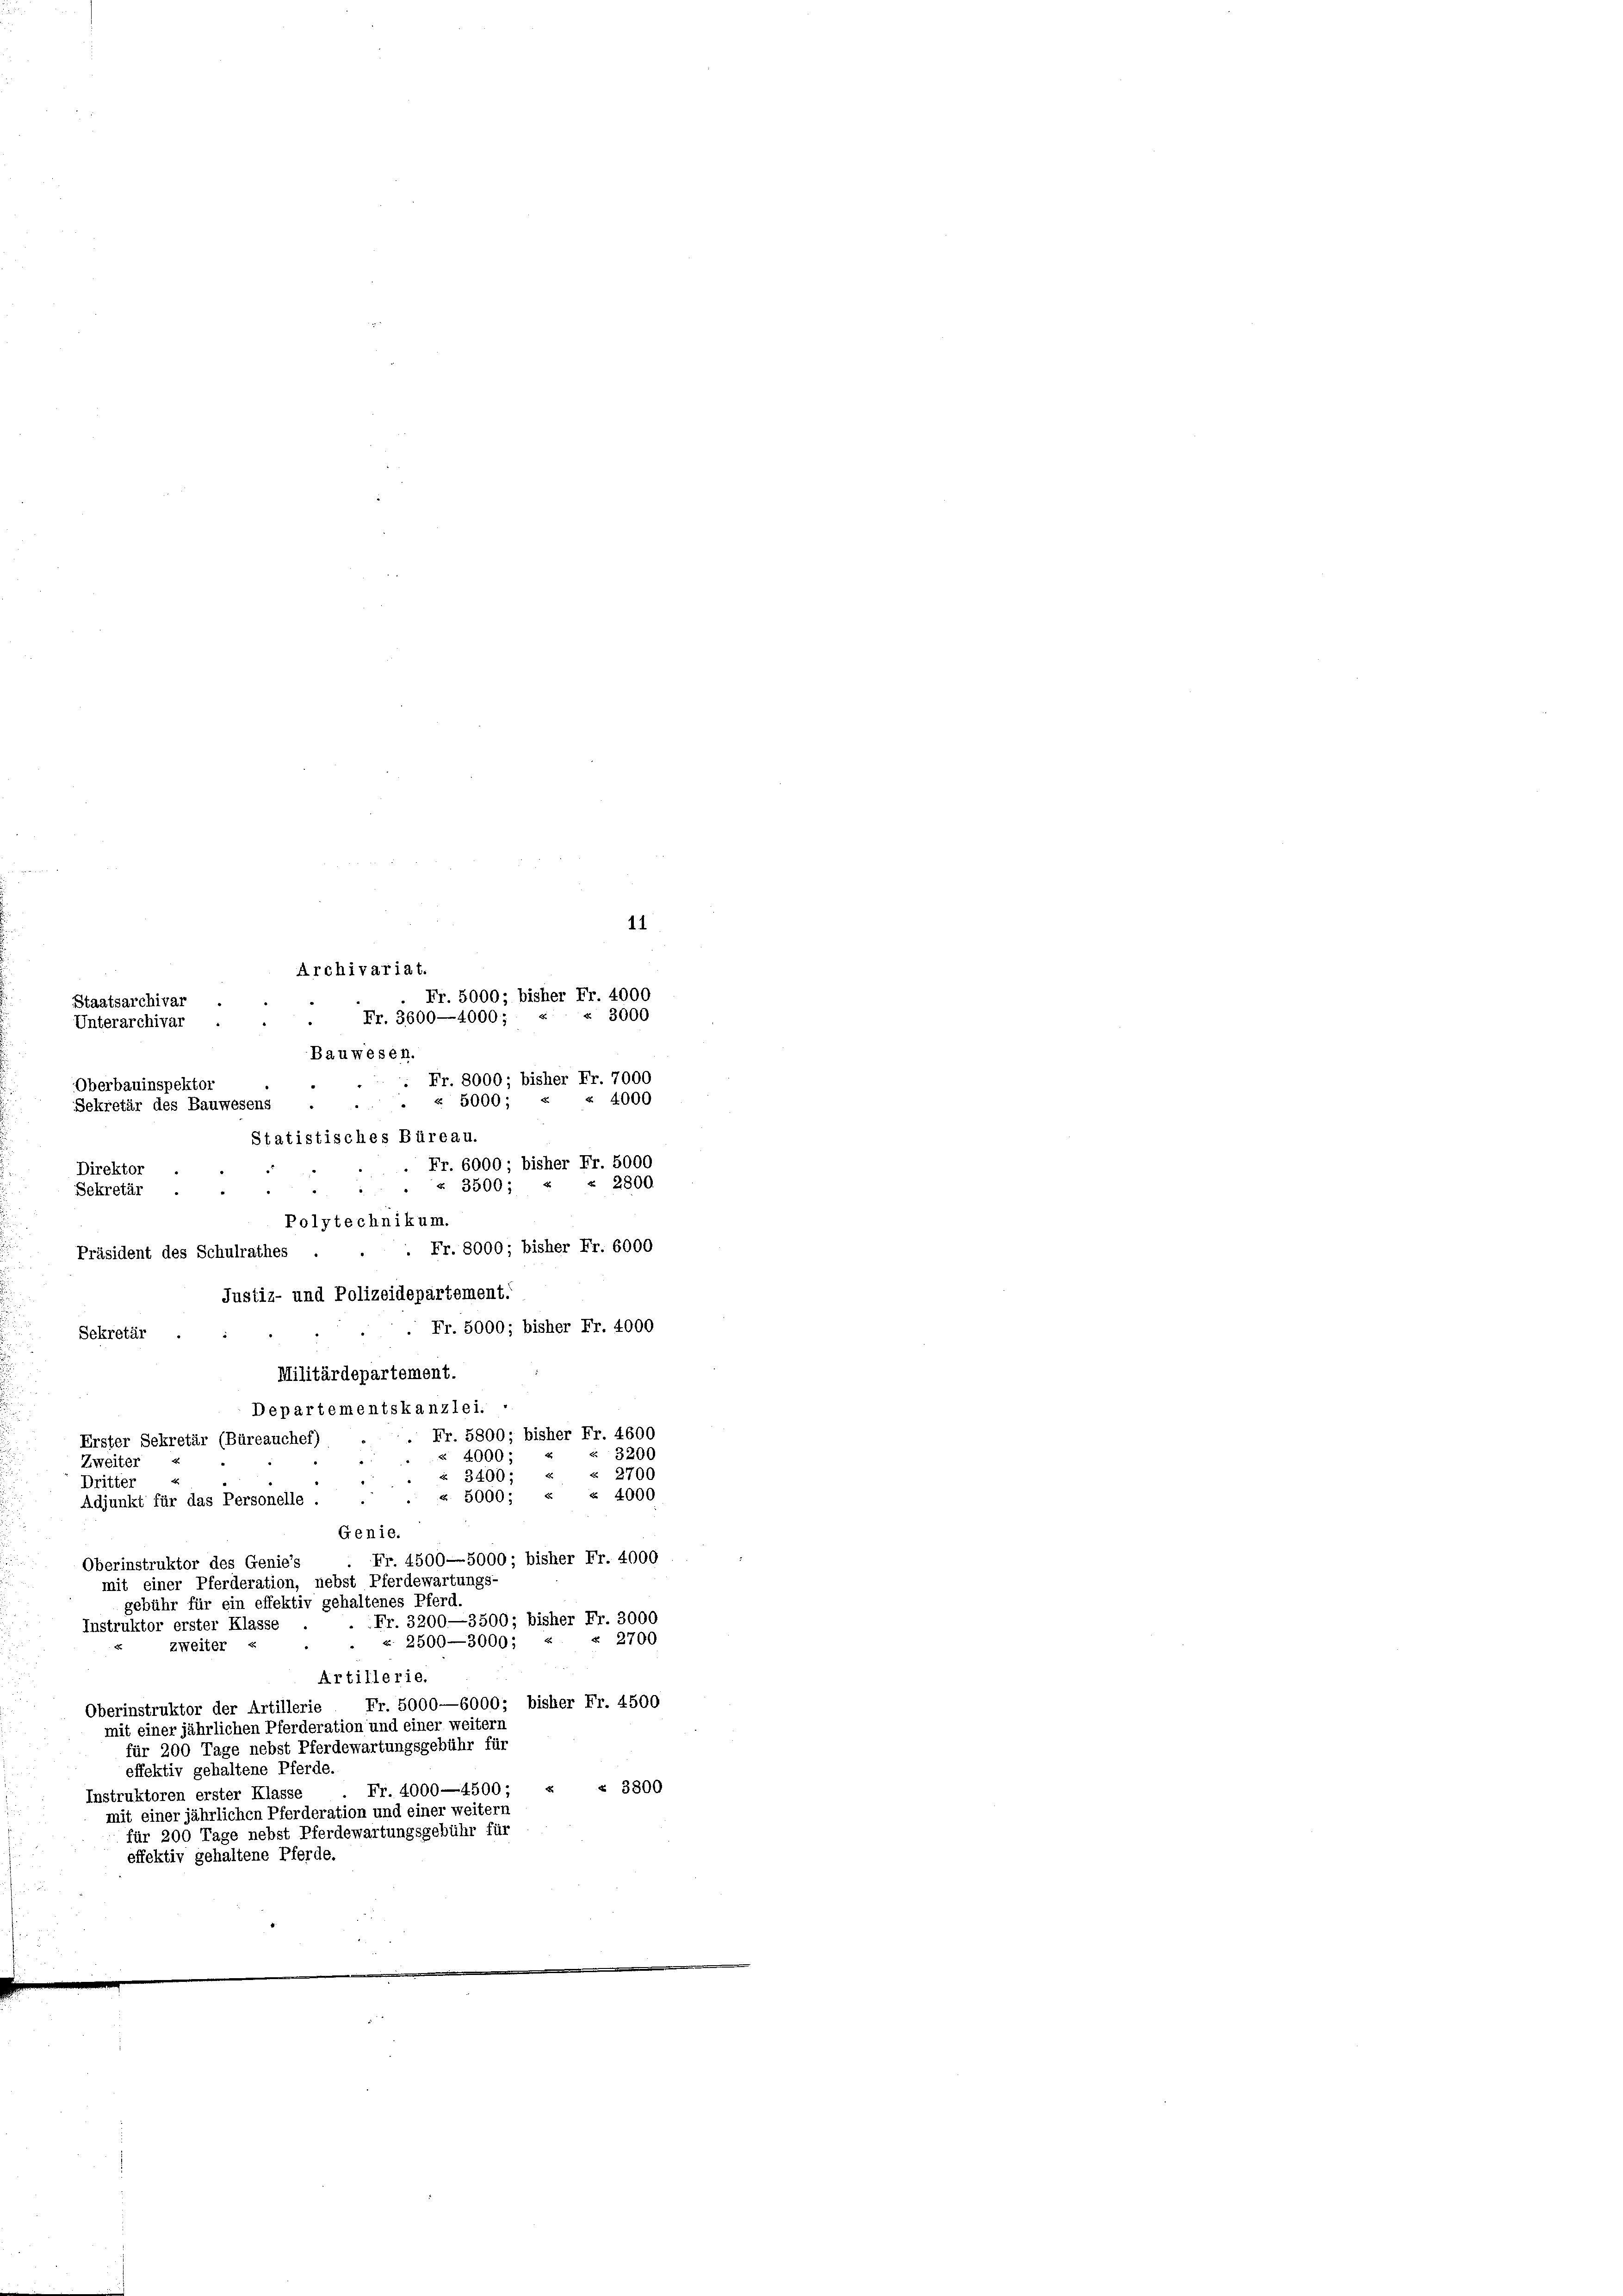
11
Archivariat.
Fr. 5000; bisher Fr. 4000
Staatsarchiv,
s
00
2
 Fr. 3600—4000;
Interarchivar
. Fr. 8000 bisher Fr. 7000
Oberbauinspektor
§ 4000
d
. § 5000-
Sekretär des Bauwesens
Statistisches Büreau.
Fr. 6000; bisher Fr. 5000
Direkt
3500 : « § 2800
Sekretär
Polytechnikum.
 Fr. 8000 - bisher Fr. 6000
Präsident des Schulrathes
Justiz- und Polizeidepartement.
Fr. 5000 - bisher Fr. 4000
Sekretär
Militärdepartement.

Bauwesen.

Fr. 5800 - bisher Fr. 4600
 3200
Zweiter
 2700
Dritter
z. 5000; « « 4000
Fr. 4500—5000; bisher Fr. 4000
Fr. 3200—3500 - bisher Fr. 3000
 2700
Artillerie.
Fr. 5000—6000 bisher Fr. 4500
Oberinstruktor der Artillerie
mit einer jährlichen Pferderation und einer weitern
für 200 Tage nebst Pferdewartungsgebühr für
effektiv gehaltene Pferde.
. Fr. 4000—4500; « « 3800
Instruktoren erster Klasse
mit einer jährlichen Pferderation und einer weitern
für 200 Tage nebst Pferdewartungsgebühr für
effektiv gehaltene Pferde.

Departementskanzlei.
Erster Sekretär (Büreauches)
" 4000.
§ 3400.
Adjunkt für das Personelle .
Genic
Oberinstruktor des Genies
mit einer Pferderation, nebst Pferdewartungs-
gebühr für ein effektiv gehaltenes Pferd.
Instruktor erster Klasse
k. 2500—3000, u
zweiter